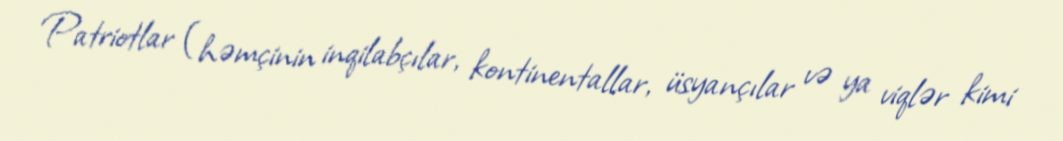
Patriotlar (həmçinin inqilabçılar, kontinentallar, üsyançılar və ya viqlər kimi